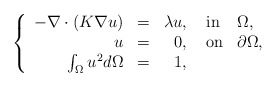
\begin{align*}\left\{\begin{array}{rrrll}-\nabla\cdot(K\nabla u) &=& \lambda u, \ &{\rm in} &\Omega,\\ u &=& 0, \ &{\rm on} &\partial\Omega,\\\int_{\Omega} u^2 d\Omega &=& 1,\ & &\end{array}\right.\end{align*}